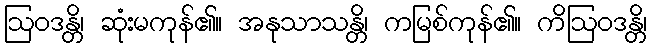
ဩဝဒန္တိ၊ ဆုံးမကုန်၏။ အနုသာသန္တိ၊ ကမြစ်ကုန်၏။ ကိဩဝဒန္တိ၊